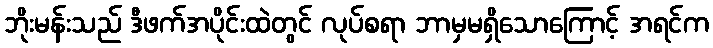
ဘိုးမန်းသည် ဒီဖက်အပိုင်းထဲတွင် လုပ်စရာ ဘာမှမရှိသောကြောင့် အရင်က